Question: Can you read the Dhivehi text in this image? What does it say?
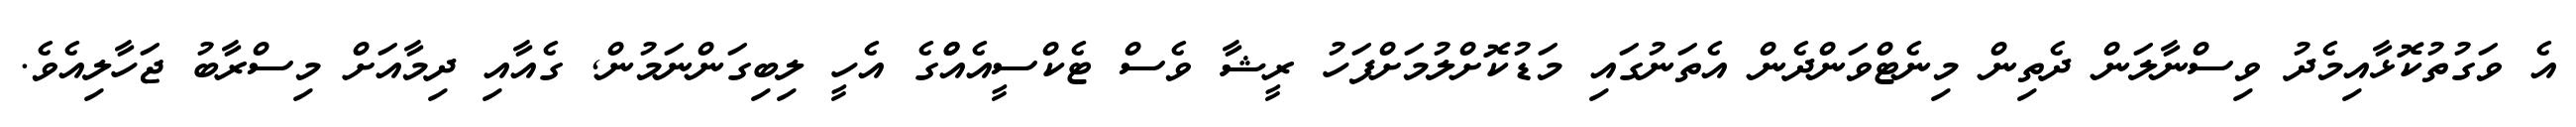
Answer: އެ ވަގުތުކޮޅާއިމެދު ވިސްނާލަން ދެތިން މިނެޓްވަންދެން އެތަނުގައި މަޑުކޮށްލުމަށްފަހު ރީޝާ ވެސް ޓެކްސީއެއްްގެ އެހީ ލިބިގަންނަމުން, ގެއާއި ދިމާއަށް މިސްރާބު ޖަހާލިއެވެ.